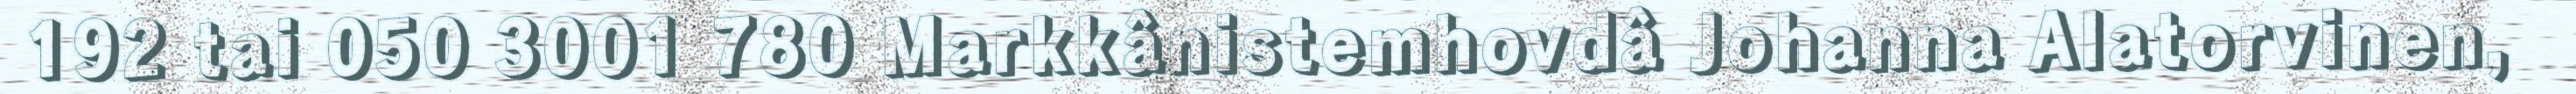
192 tai 050 3001 780 Markkânistemhovdâ Johanna Alatorvinen,